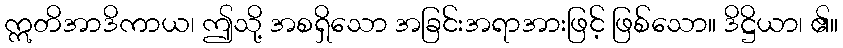
ဣတိအာဒိကာယ၊ ဤသို့ အစရှိသော အခြင်းအရာအားဖြင့် ဖြစ်သော။ ဒိဋ္ဌိယာ၊ ၏။